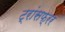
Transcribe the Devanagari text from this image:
ट्रांसफ्रर